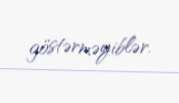
göstərməyiblər.